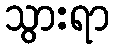
သွားရာ